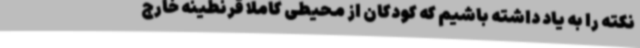
نکته را به یاد داشته باشیم که کودکان از محیطی کاملا قرنطینه خارج